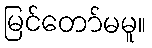
မြင်တော်မမူ။